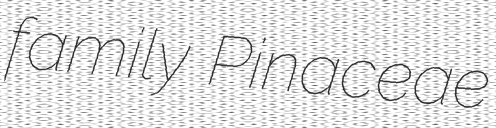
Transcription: family Pinaceae